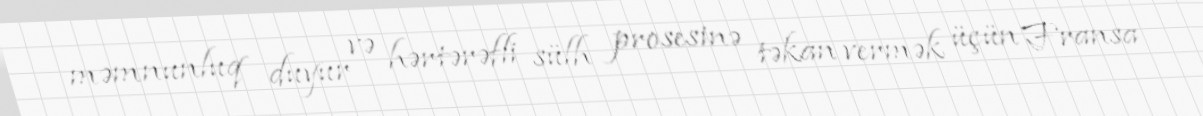
məmnunluq duyur və hərtərəfli sülh prosesinə təkan vermək üçün Fransa